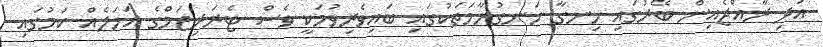
އަދި ރާއްޖެއިން ބޭރުގައި ހިނގާ ހަނގުރާމަތަކުގައި ބައިވެރިވުމަކީ ވެސް ޓެރަރިޒަމްގެ އަމަލެއް ކަމުގައި